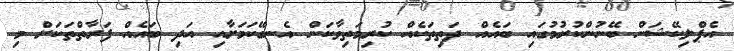
އެޕްލިކޭޝަން ބޭނުންކުރުމުގައި ބައެއް ދަތިތަކެއް ކުރިމަތިވާކަން އެނގޭކަމަށާއި އަދި ބައެއް ފަރާތްތަކަށް މި